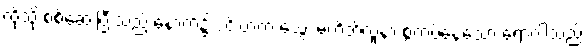
ထိုသို့ စစ်ဆေးပြီးသည့် နောက်၌ ဒင်းဗာက သွေး မတိတ်လူနာ စွဲကပ်နေသော ရောဂါသည်